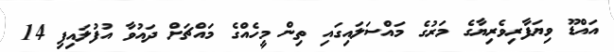
އައްޑޫ ވިޔަފާރިވެރިޔާގެ މަރުގެ މައްސަލައިގައި ތިން މީހެއްގެ މައްޗަށް ދައުވާ އުފުލައިފި 14